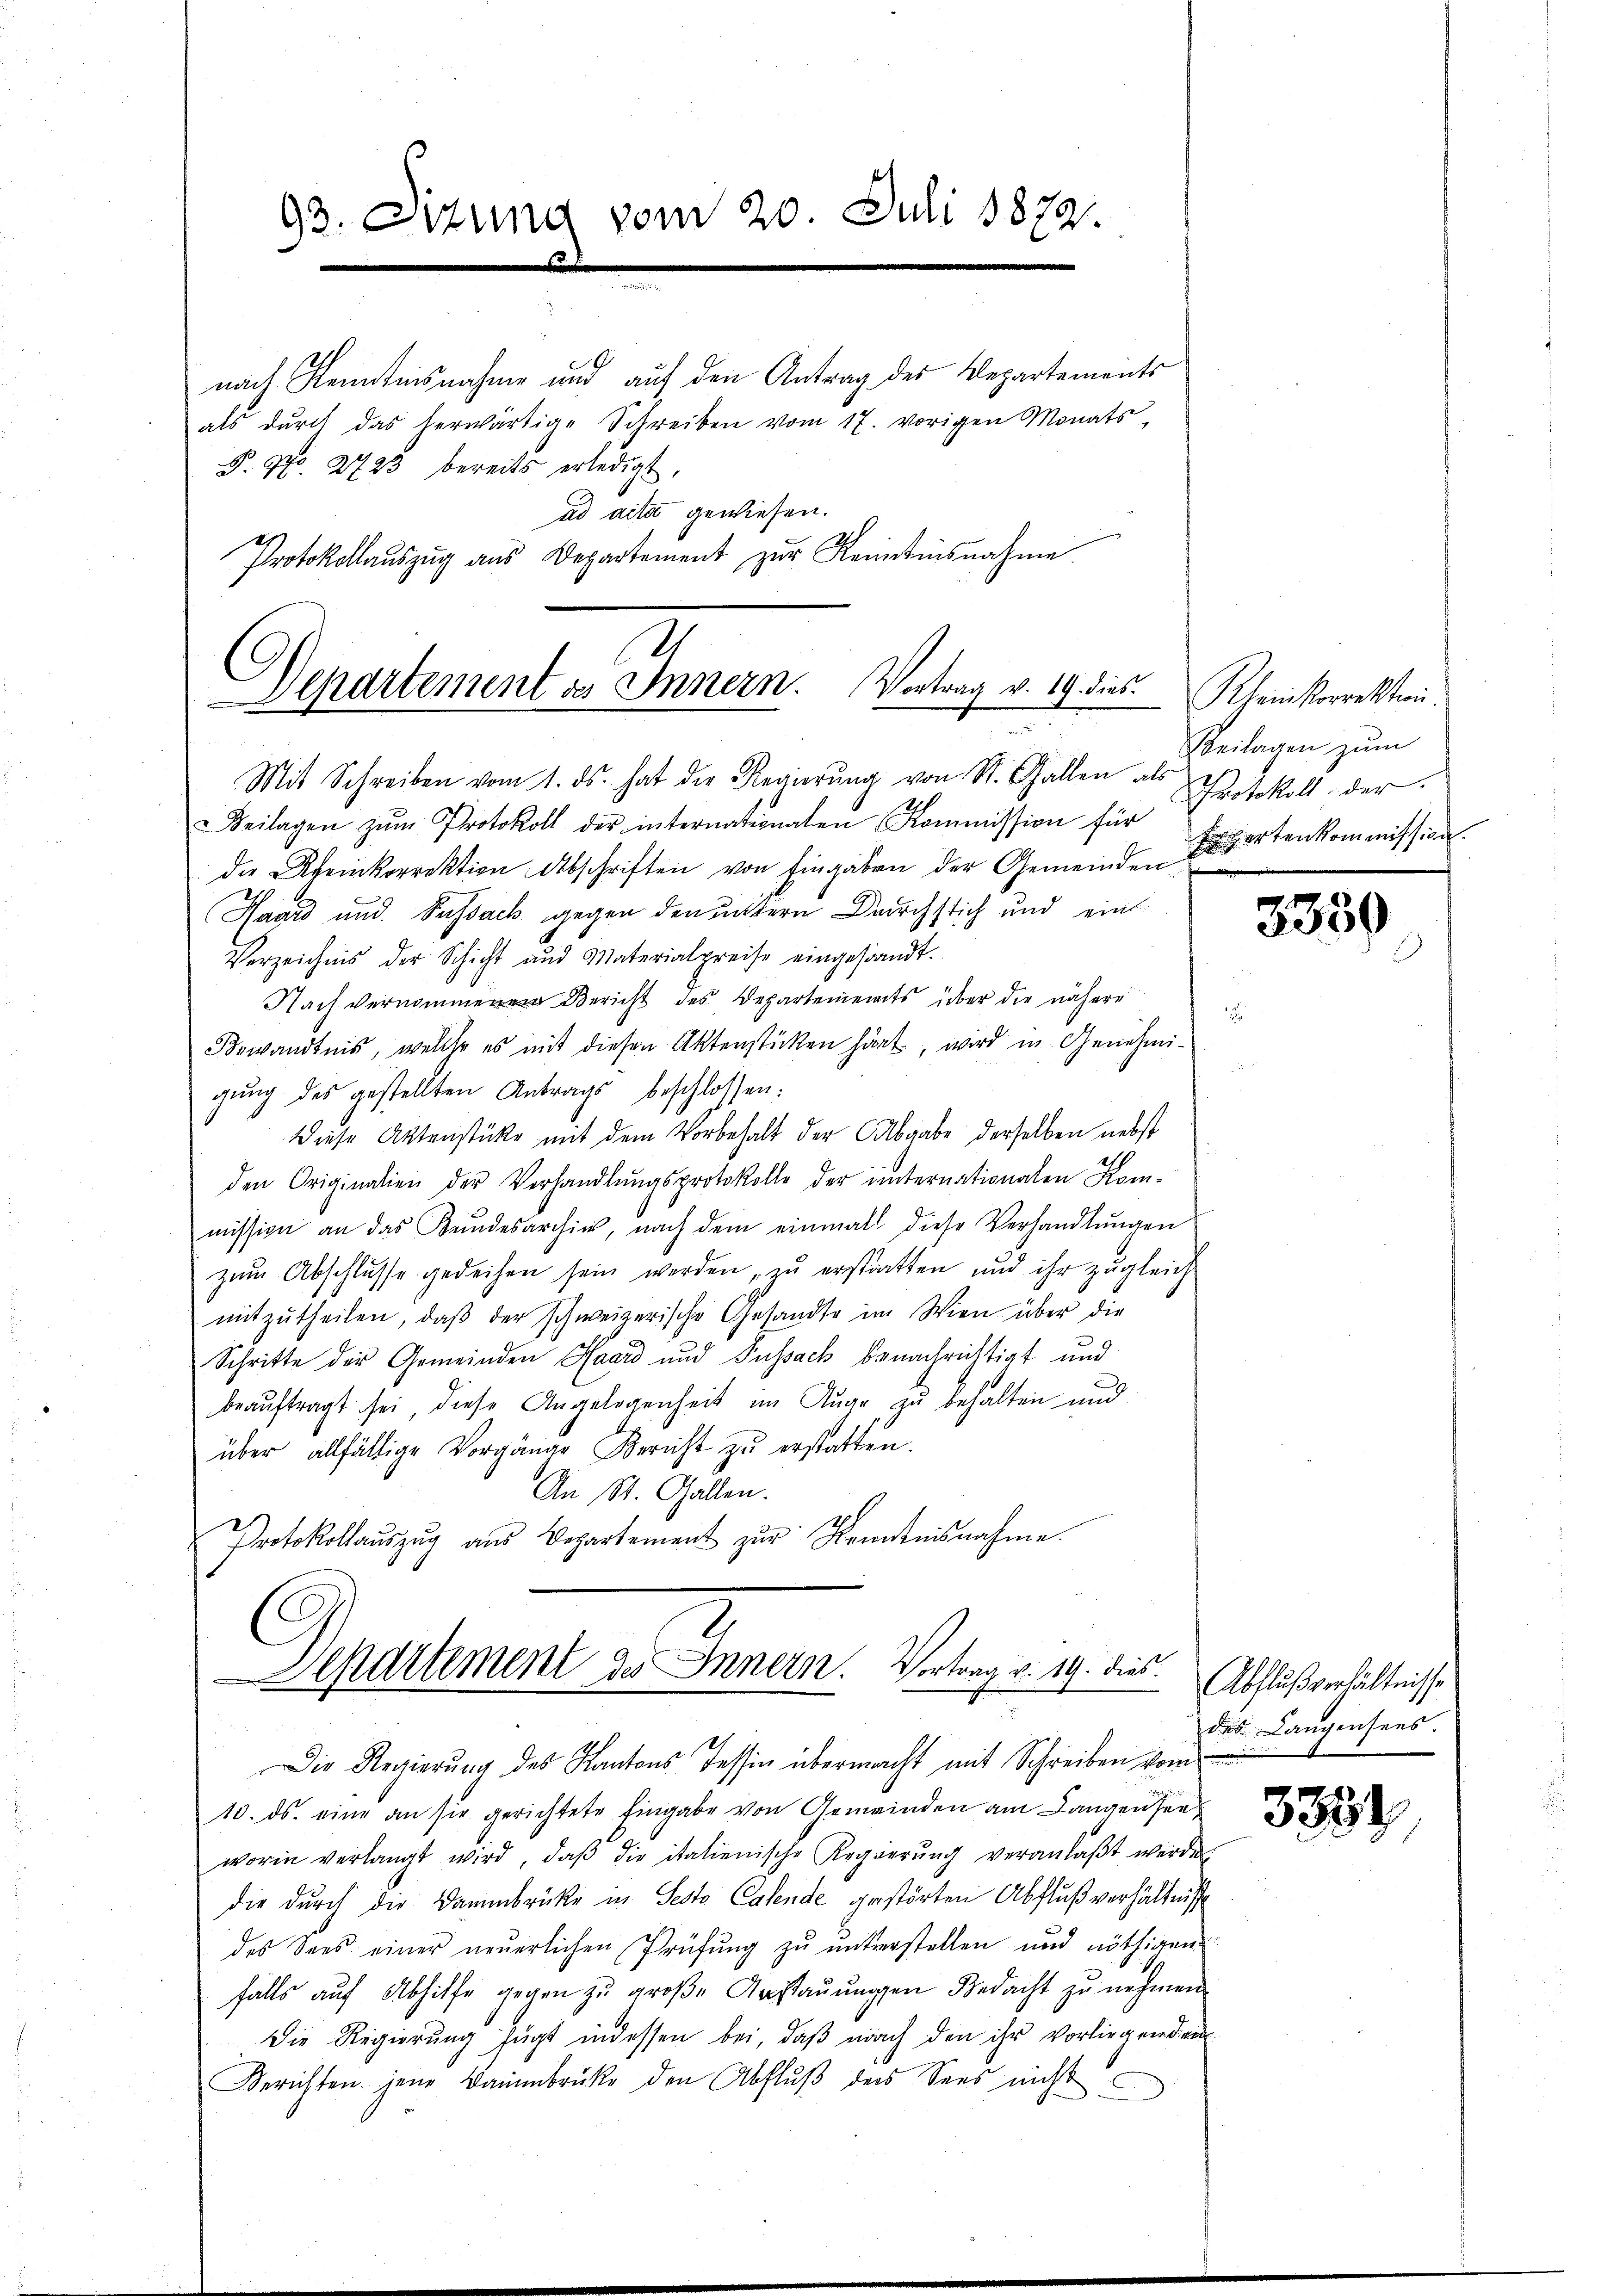
93. Sizung vom 20. Juli 1872.

nach Kenntnisnahme und auf den Antrag des Departements
als dŭrch das herwärtige Schreiben vom 17. vorigen Monats,
P. No. 2723 bereits erledigt.
ad acta gewiesen.
Protokollaŭszŭg ans Departement zur Reinstinsnahme.

Departement es Innern. Vortrag v. 19. dies
Mit Schreiben vom 1. ds. hat die Regierŭng von St. Gallen als

Departement des Innern. Vortrag v. 19. dies Abflußverhältnisse
Die Regierung des Kantons Tessin übermacht mit Schreiben vom

Beilagen zŭm Protokoll der internationalen Kommission für
die Rheinkorrektion Abschriften von Eingaben der Gemeinden Bartenkommission
Havrd und Susack gegen den untern Durchstich und ein
Verzeichnis der Schicht aus Materialpreise eingesandt.
Nach vern Bericht des Departements über die nähere
Bewandtnis, welche es mit diesen Aktenstücken hat, wird in Genehmigung des gestellten Antrags beschlossen:
Diese Aktenstücke mit dem Vorbehalt der Abgabe derselben nebst
den Originalien der Verhandlŭngsprotokolle der internationalen Kom-
mission an das Kundesarchiv, nach dem einmall diese Verhandlŭngen
zŭm Abschlusse gedeihen sein werden, zu erstratten und ihr zugleich-
mitzŭtheilen, daβ der schweizerische Gesandte im Wien über die
Schritte der Gemeinden Haard und Passach benachrichtigt und
beauftragt sei, diese Angelegenheit im Auge zu behalten und
über allfällige Vorgänge Bericht zŭ erstatten.
An St. Gallen.
Protokollaŭszŭg aŭs Departement zur Kenntnisnahme.

Kleinkorrektion.
Beilagen zum
Protokoll der

10. ds. eine an sie gerichtete Eingabe von Gemeinden am Langensee
worin verlangt wird, daβ die italienische Regierŭng veranlaβt werde
die durch die Dammbrücke in Sesto Casende gestörten Abfluß verhältnis
des Sees einer neŭerlichen Prüfung zu unterstellen und nöthigen
falls auf Abhilfe gegen zu große Anstauungen Bedacht zu nehmen.
Die Regierung fügt indessen bei, daß nach den ihr vorliegenden
Berichten jene Baumbrüke den Abflŭβ der Sees nicht

3339

das Langensees.

3388